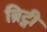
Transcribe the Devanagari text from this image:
ब्रिट्नी